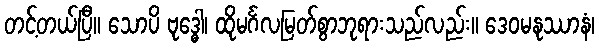
တင့်တယ်ပြီ။ သောပိ ဗုဒ္ဓေါ၊ ထိုမင်္ဂလမြတ်စွာဘုရားသည်လည်း။ ဒေဝမနုဿာနံ၊